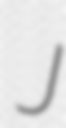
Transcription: J